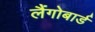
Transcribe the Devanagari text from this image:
लैंगोबार्ड